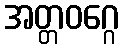
အတ္တဝဂ္ဂေ